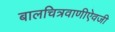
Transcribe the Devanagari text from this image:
बालचित्रवाणीऐवजी